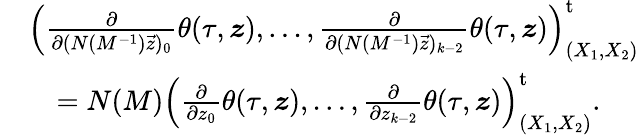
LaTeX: \begin{array}{rl}&{\left(\frac{\partial}{\partial(N(M^{-1})\vec{z})_{0}}\theta(\tau,\boldsymbol{z}),\dots,\frac{\partial}{\partial(N(M^{-1})\vec{z})_{k-2}}\theta(\tau,\boldsymbol{z})\right)_{(X_{1},X_{2})}^{\mathrm{t}}}\\ &{\quad=N(M)\left(\frac{\partial}{\partial z_{0}}\theta(\tau,\boldsymbol{z}),\dots,\frac{\partial}{\partial z_{k-2}}\theta(\tau,\boldsymbol{z})\right)_{(X_{1},X_{2})}^{\mathrm{t}}.}\end{array}